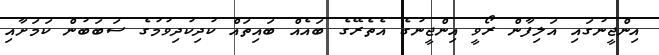
އިންޖީނުގައި އަލިފާން ރޯވީ އިންޖީނުގެ އެތެރޭގެ ބައެއް ބައިތައް ކުދިކުދިވުމުގެ ސަބަބުން ކަމަށާއި